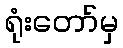
ရုံးတော်မှ